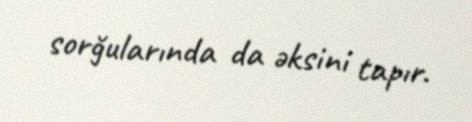
sorğularında da əksini tapır.